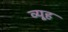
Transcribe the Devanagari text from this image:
व्‍यूह